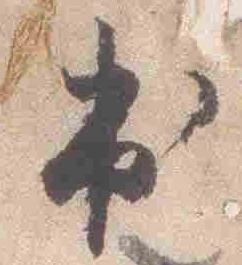
出